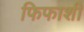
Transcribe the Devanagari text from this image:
फिफाशी